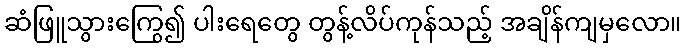
ဆံဖြူသွားကြွေ၍ ပါးရေတွေ တွန့်လိပ်ကုန်သည့် အချိန်ကျမှလော။